Vaccination in Bombay 1869-1873 - 1869-1873
Year: 1869
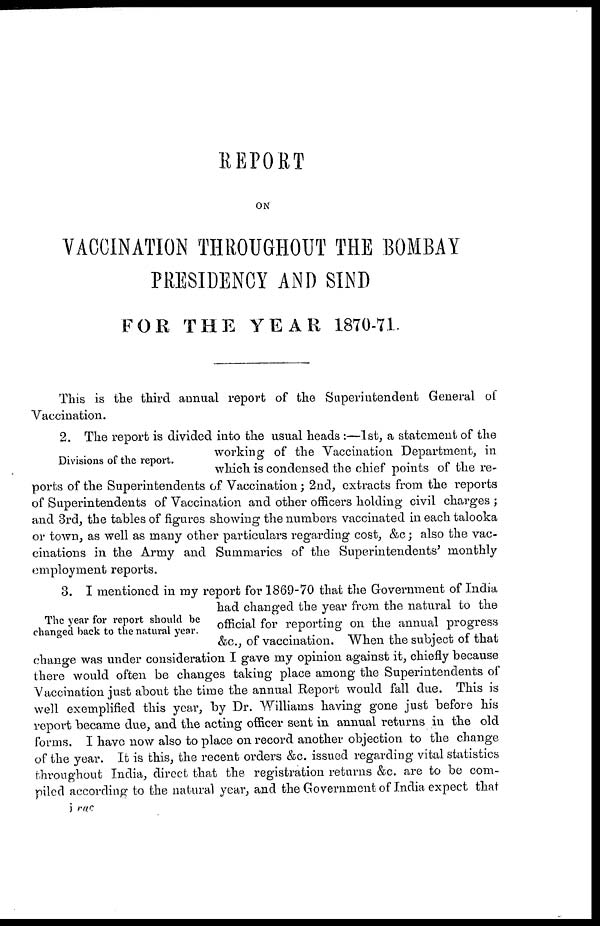
REPORT
ON
VACCINATION THROUGHOUT THE BOMBAY
PRESIDENCY AND SIND
FOR THE YEAR 1870-71.
This is the third annual report of the Superintendent General of
Vaccination.
Divisions of the report.
2. The report is divided into the usual heads :—1st, a statement of the
working of the Vaccination Department, in
which is condensed the chief points of the re-
ports of the Superintendents of Vaccination; 2nd, extracts from the reports
of Superintendents of Vaccination and other officers holding civil charges ;
and 3rd, the tables of figures showing the numbers vaccinated in each talooka
or town, as well as many other particulars regarding cost, &c; also the vac-
cinations in the Army and Summaries of the Superintendents' monthly
employment reports.
The year for report should be
changed back to the natural year.
3. I mentioned in my report for 1869-70 that the Government of India
had changed the year from the natural to the
official for reporting on the annual progress
&c., of vaccination. When the subject of that
change was under consideration I gave my opinion against it, chiefly because
there would often be changes taking place among the Superintendents of
Vaccination just about the time the annual Report would fall due. This is
well exemplified this year, by Dr. Williams having gone just before his
report became due, and the acting officer sent in annual returns in the old
forms. I have now also to place on record another objection to the change
of the year. It is this, the recent orders &c. issued regarding vital statistics
throughout India, direct that the registration returns &c. are to be com-
piled according to the natural year, and the Government of India expect that
i vac